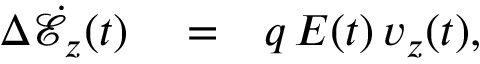
\begin{array} { r l r } { \Delta \dot { \mathcal { E } } _ { z } ( t ) } & { { } = } & { q \, E ( t ) \, v _ { z } ( t ) , } \end{array}